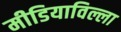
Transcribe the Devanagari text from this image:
मीडियाविल्ला